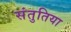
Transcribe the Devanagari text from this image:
संतुतिया